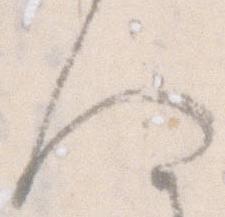
人